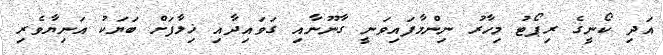
އަދި ކޯނީގެ ރިޕޯޓު މިހާރު ނިންމާފައިވަނީ ގާނޫނާއި ގަވައިދާއި ޚިލާފަށް ބަޔަކު އަނިޔާވެރި